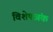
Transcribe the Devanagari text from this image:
विशेषअंक